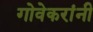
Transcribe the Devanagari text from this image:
गोवेकरांनी